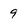
Character: 9